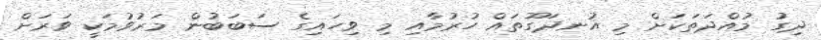
ދިގު މުއްދަތަކަށް މި އުނދަގޫތައް ހުރުމާއި މި ވިހައިގެ ސަބަބުން މަރުވުމަކީ ވަރަށް